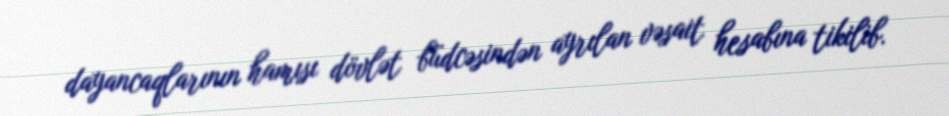
dayancaqlarının hamısı dövlət büdcəsindən ayrılan vəsait hesabına tikilib.